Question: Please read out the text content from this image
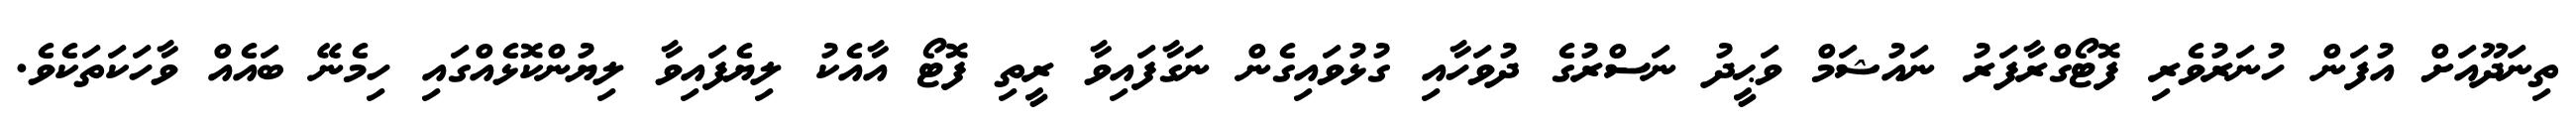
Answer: ތިނަދޫއަށް އުފަން ހުނަރުވެރި ފޮޓޯގްރާފަރު ނައުޝަމް ވަޙީދު ނަސްރުގެ ދުވަހާއި ގުޅުވައިގެން ނަގާފައިވާ ރީތި ފޮޓޯ އާއެކު ލިޔެފައިވާ ލިޔުންކޮޅެއްގައި ހިމެނޭ ބައެއް ވާހަކަތަކެވެ.